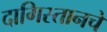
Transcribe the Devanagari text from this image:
दागिस्तानचे